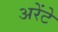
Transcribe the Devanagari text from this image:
अरेंटे